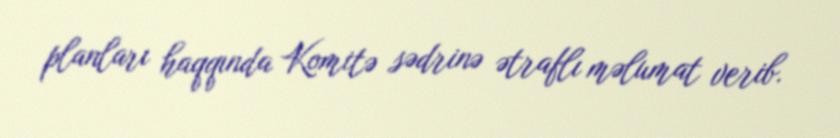
planları haqqında Komitə sədrinə ətraflı məlumat verib.